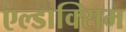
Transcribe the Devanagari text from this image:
एल्डाक्सिम